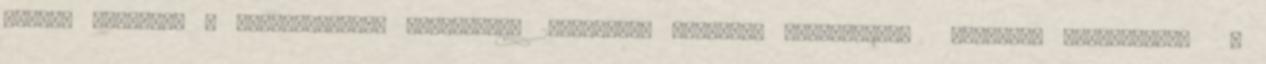
Robert Trujillo – basszusgitár, háttérének 2003–jelen Idővonal szerkesztés Források szerkesztés ↑